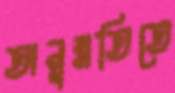
অনুন্নতিতে